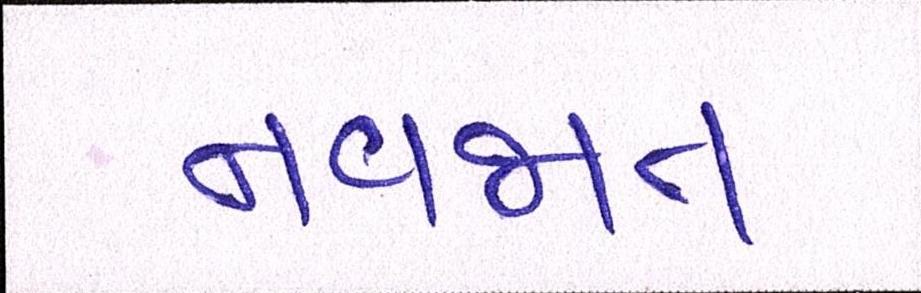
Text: નવજાત